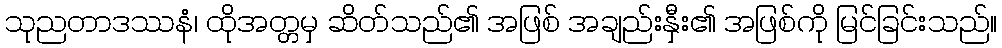
သုညတာဒဿနံ၊ ထိုအတ္တမှ ဆိတ်သည်၏ အဖြစ် အချည်းနှီး၏ အဖြစ်ကို မြင်ခြင်းသည်။